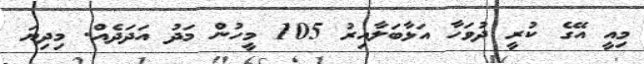
މިއީ އޭގެ ކުރީ ދުވަހާ އަޅާބަލާއިރު 105 މީހުން މަދު އަދަދެއް. މިދިޔަ